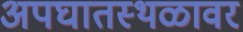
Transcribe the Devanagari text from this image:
अपघातस्थळावर